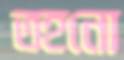
তহনো